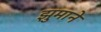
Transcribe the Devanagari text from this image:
झुमाने